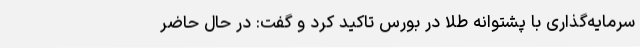
سرمایه‌گذاری با پشتوانه طلا در بورس تاکید کرد و گفت: در حال حاضر